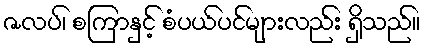
ဇလပ်၊ စကြာနှင့် စံပယ်ပင်များလည်း ရှိသည်။